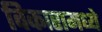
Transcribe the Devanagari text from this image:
विकारामध्ये